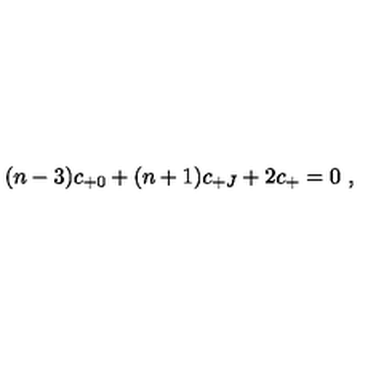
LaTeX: ( n - 3 ) c _ { + 0 } + ( n + 1 ) c _ { + J } + 2 c _ { + } = 0 \ ,